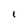
Character: 1